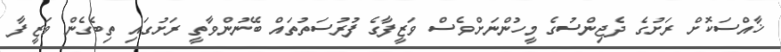
ޚާއްސަކޮށް ރަށުގެ ދެޖިންސުގެ މީހުންނަށްވެސް ވަޒީފާގެ ފުރުސަތުތައް ބޭނުންވާތީ ރަށުގައި ތިބެގެން ވަޒީފާ